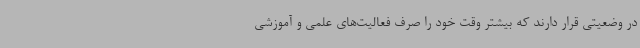
در وضعیتی قرار دارند که بیشتر وقت خود را صرف فعالیت‌های علمی و آموزشی